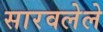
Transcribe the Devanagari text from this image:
सारवलेले